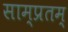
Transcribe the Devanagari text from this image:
साम्प्रतम्